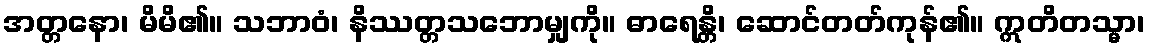
အတ္တနော၊ မိမိ၏။ သဘာဝံ၊ နိဿတ္တသဘောမျှကို။ ဓာရေန္တိ၊ ဆောင်တတ်ကုန်၏။ ဣတိတသ္မာ၊